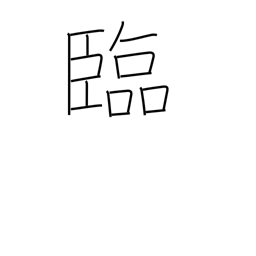
Meaning: look to